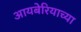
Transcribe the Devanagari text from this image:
आयबेरियाच्या